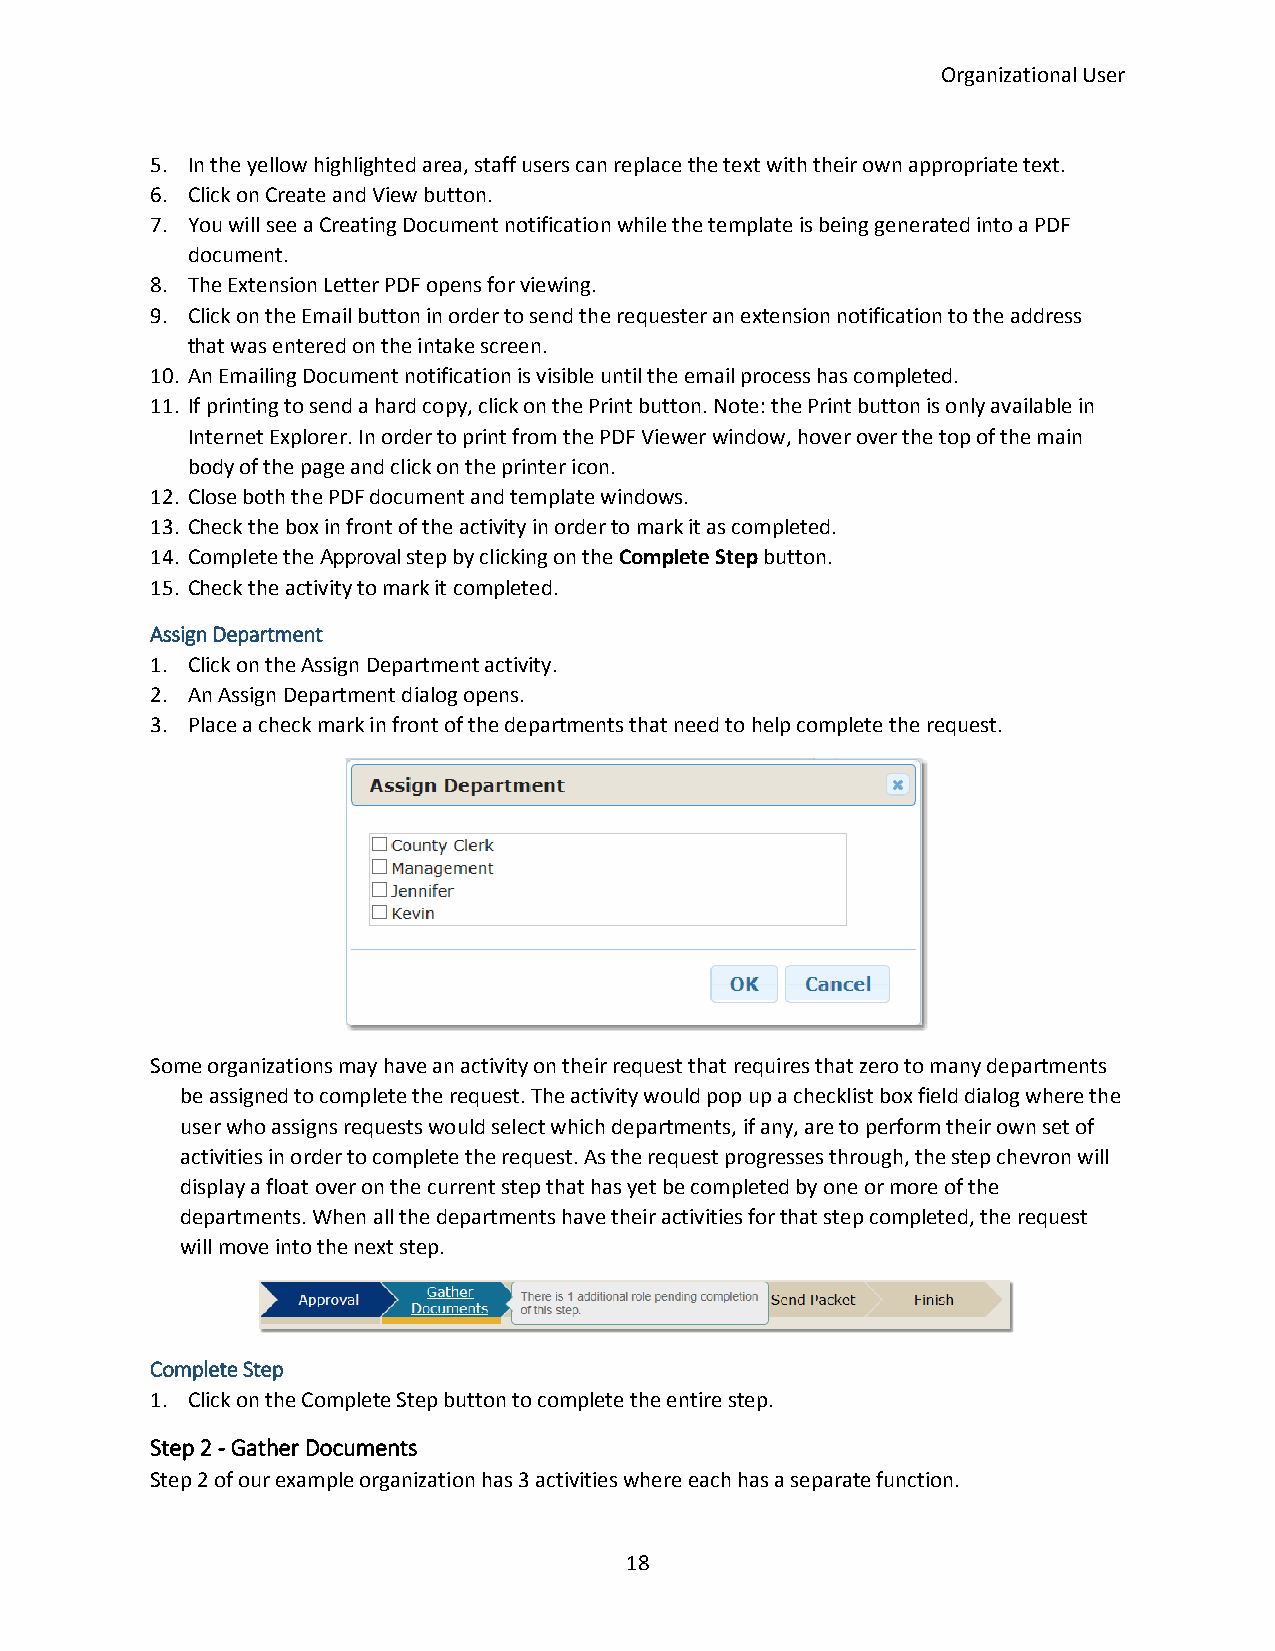
Organizational User
 5. In the yellow highlighted area, staff users can replace the text with their own appropriate text.
 6. Click on Create and View button.
 7. You will see a Creating Document notification while the template is being generated into a PDF
 document.
 8. The Extension Letter PDF opens for viewing.
 9. Click on the Email button in order to send the requester an extension notification to the address
 that was entered on the intake screen.
 10. An Emailing Document notification is visible until the email process has completed.
 11. If printing to send a hard copy, click on the Print button. Note: the Print button is only available in
 Internet Explorer. In order to print from the PDF Viewer window, hover over the top of the main
 body of the page and click on the printer icon.
 12. Close both the PDF document and template windows.
 13. Check the box in front of the activity in order to mark it as completed.
 14. Complete the Approval step by clicking on the Complete Step button.
 15. Check the activity to mark it completed.
 Assign Department
 1. Click on the Assign Department activity.
 2. An Assign Department dialog opens.
 3. Place a check mark in front of the departments that need to help complete the request.
 Some organizations may have an activity on their request that requires that zero to many departments
 be assigned to complete the request. The activity would pop up a checklist box field dialog where the
 user who assigns requests would select which departments, if any, are to perform their own set of
 activities in order to complete the request. As the request progresses through, the step chevron will
 display a float over on the current step that has yet be completed by one or more of the
 departments. When all the departments have their activities for that step completed, the request
 will move into the next step.
 Complete Step
 1. Click on the Complete Step button to complete the entire step.
 Step 2 - Gather Documents
 Step 2 of our example organization has 3 activities where each has a separate function.
 18